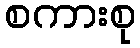
စကားစု